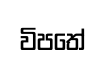
විපතේ